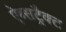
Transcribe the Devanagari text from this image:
ऐब्सट्रैक्ट